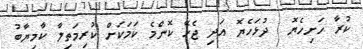
ކުރާ ހަށިހެޔޮ  ދުޅަހެޔޮ އަދި ޖެހޭ ކޮންމެ ކަމަކަށް ކުރިމަތިލާ ކާމިޔާބު